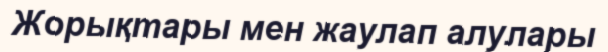
Жорықтары мен жаулап алулары